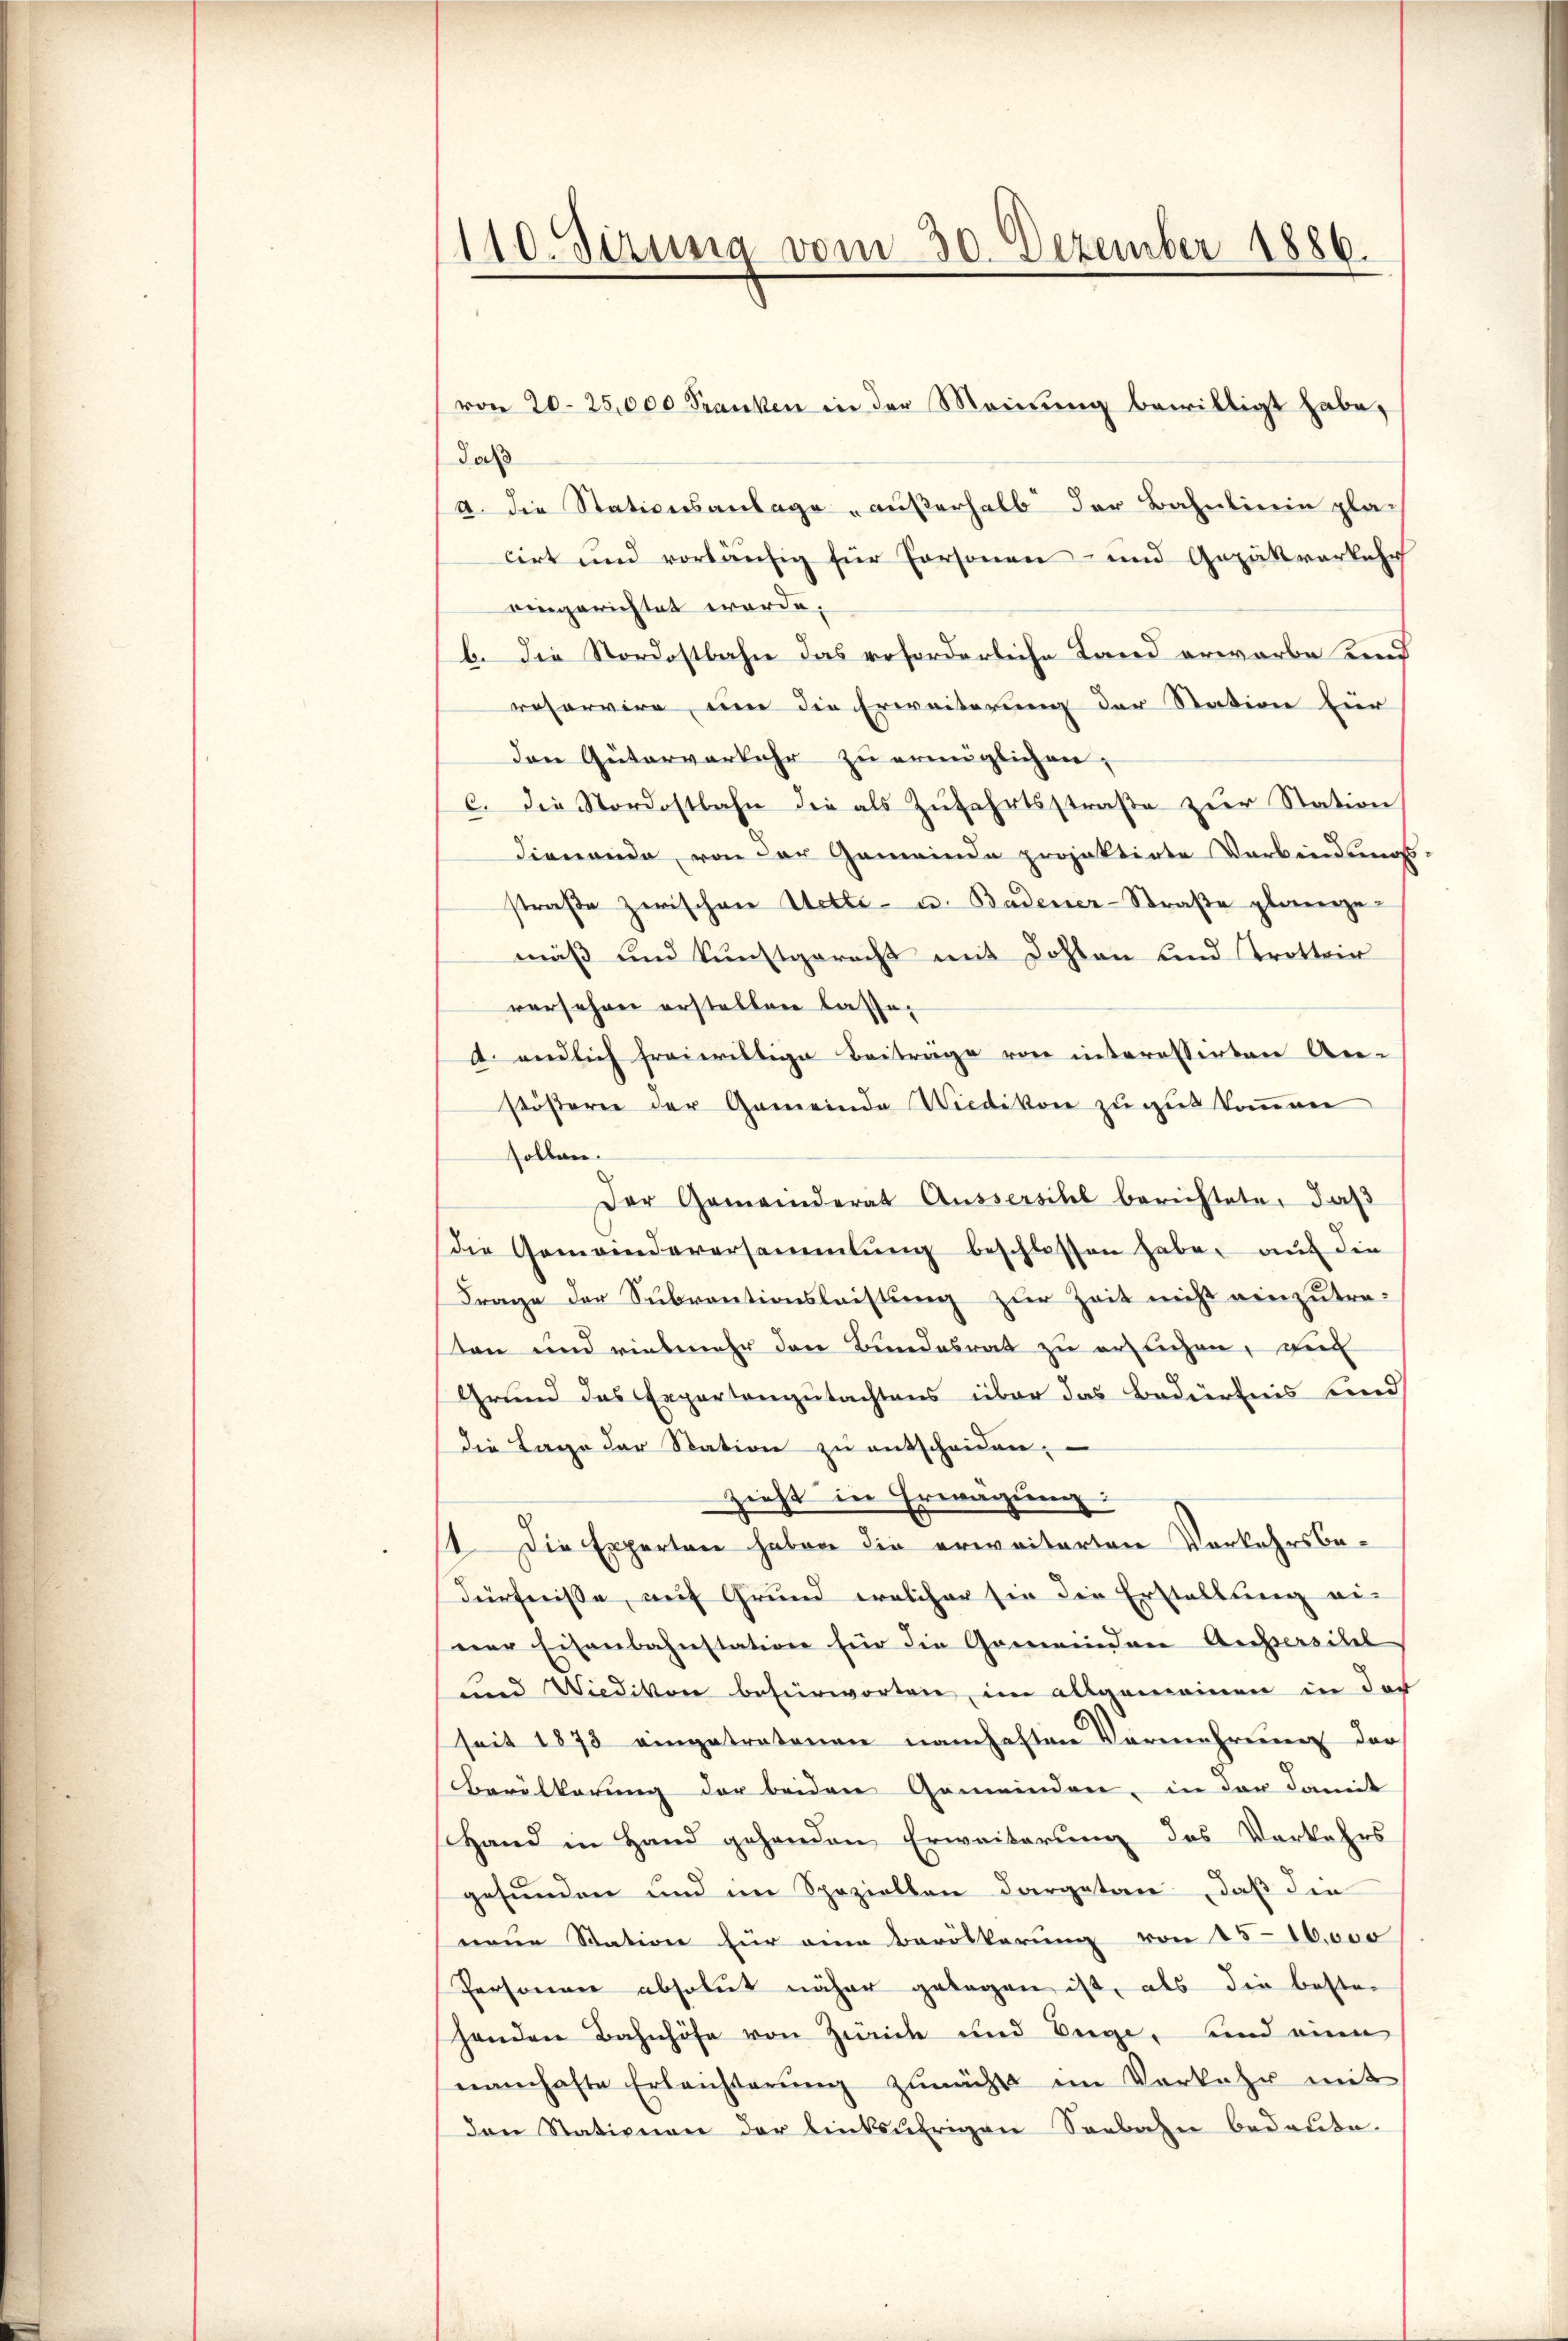
110. Siruma vom 30. Dezember 1886.

von 20–25,000 Franken in der Meinung bewilligt habe,
daß
d. Die Stationsanlage „außerhalb der Bahnlinie pla-
cirt und vorläufig für Personen- und Gezükverkehr
eingerichtet werde.
b. Die Nordostbahn das reforderliche Land erwarbe und
reservire, um die Erweiterung der Station für
Den Güterverkehr zu ermöglichen,
C. die Nordostbahn die als Zufahrtsstraße zur Station
dienende, von der Gemeinde projektirte Verbindungs-
straβe zwischen Uetle- u. Badener-Straβe plange-
muß und kunstgerecht mit Dohlen und Trottoir
versehen erstellen lasse.
2. endlich freiwillige Beitrage von interessirten An-
stößern der Gemeinde Wiedikon zu gut kommen
sollen.
Der Gemeinderat Aussersihl berichtete, daß
Die Gemeindeversammlung beschlossen habe, auf die
Frage der Subventionsleistung zur Zeit nicht einzutresten und vielmehr den Bundesrat zu erlichen, vi
Grund das Expertengutachtens über das Bedürfnis sind
die Lage der Station zu entscheiden,
zieht in Erwägung:
11. Die Experten haben die erweiterten Vorkehrsbedürfnisse, auf Grund welcher sie die Erstellung ei-
ner Eisenbahnstation für die Gemeinden Ausserschel
und Wiedikon befürworten im allgemeinen in der
seit 1873 eingetretenen namhaften Vermehrung der
Bevölkerung der beiden Gemeinden, in der damit
Hand in Hand gehenden Erweiterung des Vorkehrs
gefunden und im Speziellen dargetan, daß die
neue Station für eine Bevölkerung von 156000
Personen absolut näher gelegen ist, als die bester
henden Bahnhöfe von Zweide und Tage, und eine
namhafte Erleichterŭng zunächst im Verkehr mit
den Stationen der linksufrigen Seebahn bedeute.